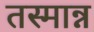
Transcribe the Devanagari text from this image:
तस्मान्न